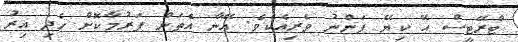
ޓްރޭޓީސް އޭ ކިޔޭ ފަންނު ވެރިއެކެވެ. އޭނާ އެތަން ފަރުމާކޮށް ހެދި އިރު